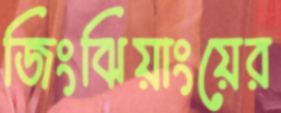
জিংঝিয়াংয়ের